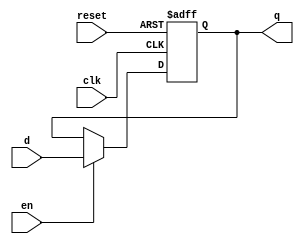
module regNbits_2seg
# ( parameter N = 4) 
(
    input wire clk,
    input wire reset,
    input wire en,
    input wire [N-1:0] d,
    output reg [N-1:0] q
);

//Memory
reg [N-1:0] r_reg, r_next;

always @(posedge clk, posedge reset) 
begin
    if(reset)
        r_reg <= 0;
    else
        r_reg <= r_next;
end


//Next State Logic
always @(*) 
begin
    if(en)
        r_next = d;
    else
        r_next = r_reg;
end


//Output Logic
always @(*) 
begin
    q = r_reg;
end

endmodule